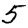
Digit: 5